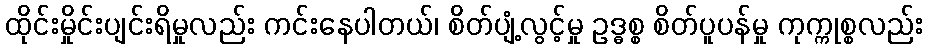
ထိုင်းမှိုင်းပျင်းရိမှုလည်း ကင်းနေပါတယ်၊ စိတ်ပျံ့လွင့်မှု ဥဒ္ဓစ္စ စိတ်ပူပန်မှု ကုက္ကုစ္စလည်း